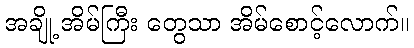
အချို့ အိမ်ကြီး တွေသာ အိမ်စောင့်လောက်။